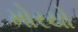
મોરયો